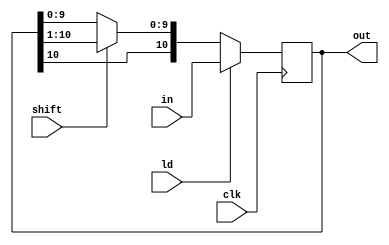
module ElevenBitReg(input[10:0] in, input clk , input ld , input shift, output[10:0] out);
	reg[10:0] q;
	always @(posedge clk)
		if(ld)
			q = in;
		else if(shift)
			q = {q[10],q[10:1]};
	assign out = q;
endmodule